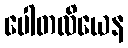
ပေါတလိယေန